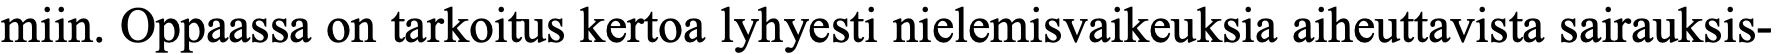
miin. Oppaassa on tarkoitus kertoa lyhyesti nielemisvaikeuksia aiheuttavista sairauksis-